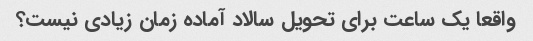
واقعا یک ساعت برای تحویل سالاد آماده زمان زیادی نیست؟